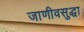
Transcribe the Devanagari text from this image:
जाणीवसुद्धा